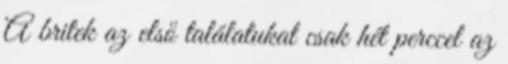
A britek az első találatukat csak hét perccel az